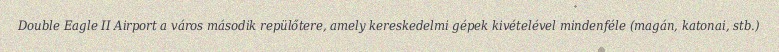
Double Eagle II Airport a város második repülőtere, amely kereskedelmi gépek kivételével mindenféle (magán, katonai, stb.)